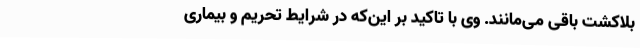
بلاکشت باقی می‌مانند. وی با تاکید بر این‌که در شرایط تحریم و بیماری